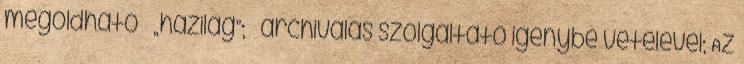
megoldható  „házilag”;  archiválás szolgáltató igénybe vételével; Az